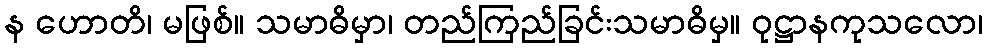
န ဟောတိ၊ မဖြစ်။ သမာဓိမှာ၊ တည်ကြည်ခြင်းသမာဓိမှ။ ဝုဋ္ဌာနကုသလော၊